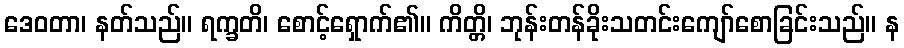
ဒေဝတာ၊ နတ်သည်။ ရက္ခတိ၊ စောင့်ရှောက်၏။ ကိတ္တိ၊ ဘုန်းတန်ခိုးသတင်းကျော်စောခြင်းသည်။ န